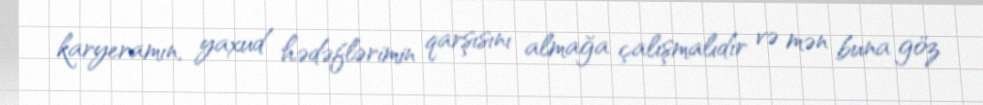
karyeramın, yaxud hədəflərimin qarşısını almağa çalışmalıdır və mən buna göz